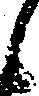
候